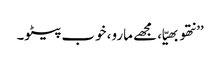
’’نتھو بھیّا، مجھے مارو، خوب پیٹو۔